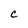
Character: C